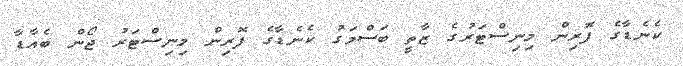
ކެނެޑާގެ ފޮރިން މިނިސްޓަރުގެ ޒާތީ ބަސްމަގު ކެނެޑާގެ ފޮރިން މިނިސްޓަރު ޖޯން ބެއާޑާ